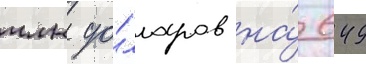
млн до́лларов на́ 649